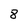
Character: 8